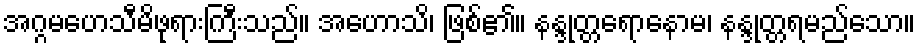
အဂ္ဂမဟေသီမိဖုရားကြီးသည်။ အဟောသိ၊ ဖြစ်၏။ နန္ဒုတ္တရောနောမ၊ နန္ဒုတ္တရမည်သော။